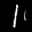
Label: 1